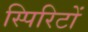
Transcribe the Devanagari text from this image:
स्पिरिटों